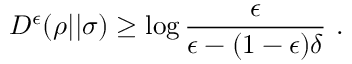
D ^ { \epsilon } ( \rho | | \sigma ) \geq \log { \frac { \epsilon } { \epsilon - ( 1 - \epsilon ) \delta } } ~ .